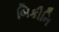
બિકીનિ